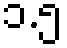
၁.၅